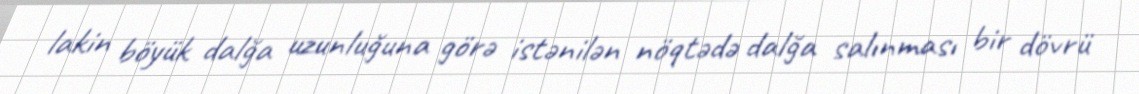
lakin böyük dalğa uzunluğuna görə istənilən nöqtədə dalğa salınması bir dövrü